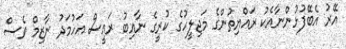
އޭރު އެބޭފުޅުންނާއެކު ރައްޔިތުންގެ މަޖިލީހުގެ ކުރީގެ ނާއިބު ރައީސް އަހުމަދު ނާޒިމް ވެސް